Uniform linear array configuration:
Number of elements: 16
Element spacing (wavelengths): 0.75
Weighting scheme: binomial
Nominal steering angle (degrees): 45
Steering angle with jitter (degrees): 44.684
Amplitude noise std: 0.05
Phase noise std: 0.05

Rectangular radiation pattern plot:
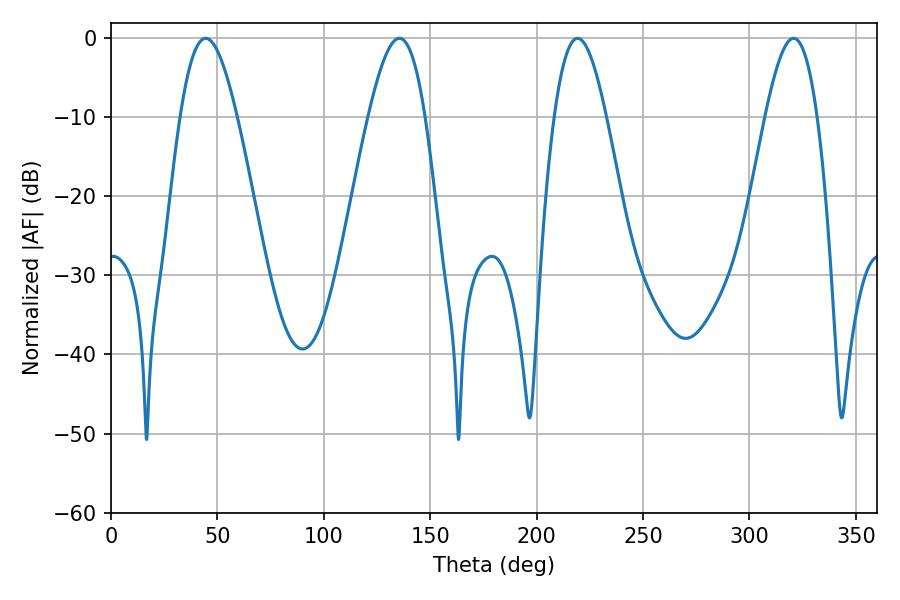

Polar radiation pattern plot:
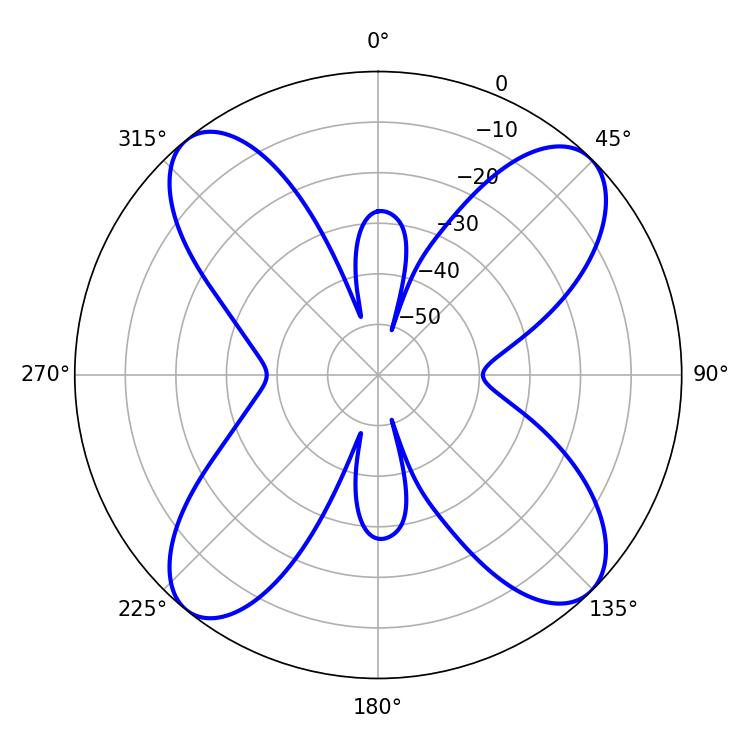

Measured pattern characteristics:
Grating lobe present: TRUE
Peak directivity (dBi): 14.858
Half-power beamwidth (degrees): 13.32
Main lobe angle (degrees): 219.24